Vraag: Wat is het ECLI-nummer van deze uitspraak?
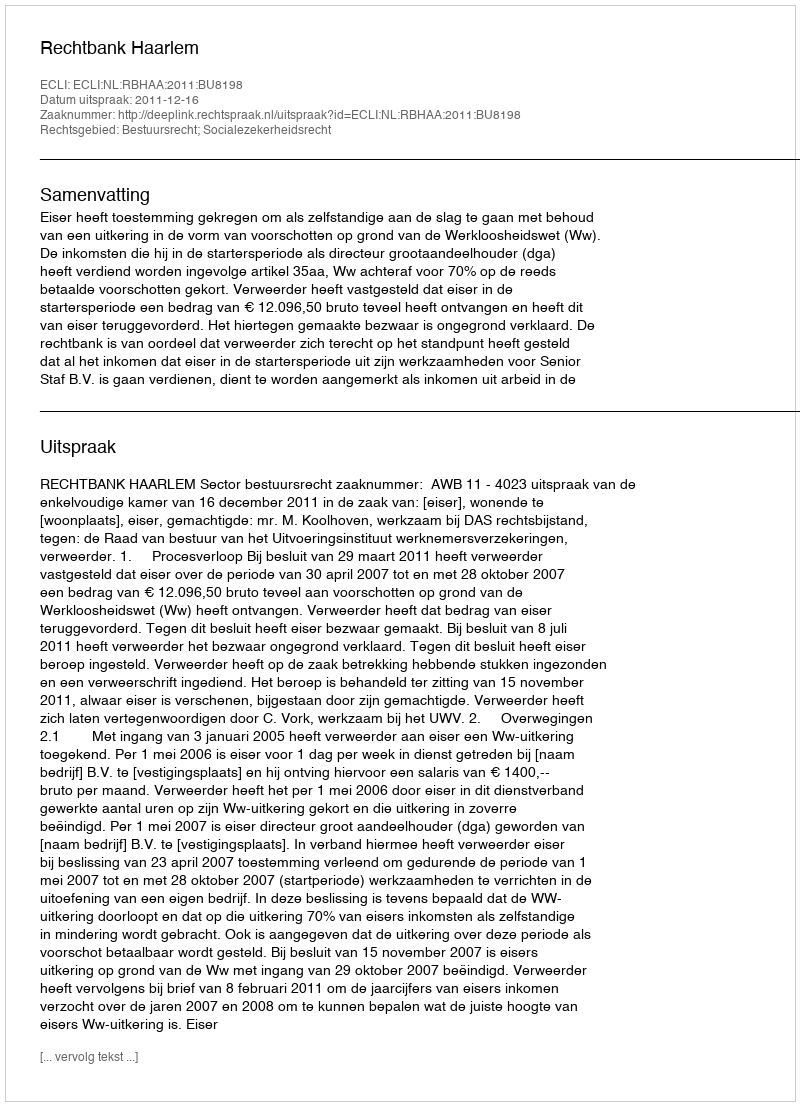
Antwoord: ECLI:NL:RBHAA:2011:BU8198